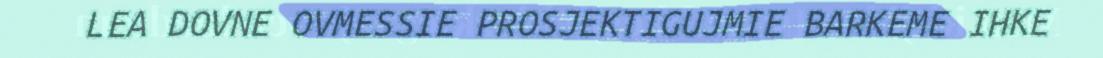
LEA DOVNE OVMESSIE PROSJEKTIGUJMIE BARKEME IHKE